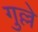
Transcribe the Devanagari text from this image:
गुल्ले